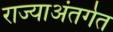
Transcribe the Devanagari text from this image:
राज्याअंतर्गत